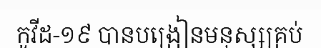
កូវីដ-១៩ បានបង្រៀនមនុស្សគ្រប់